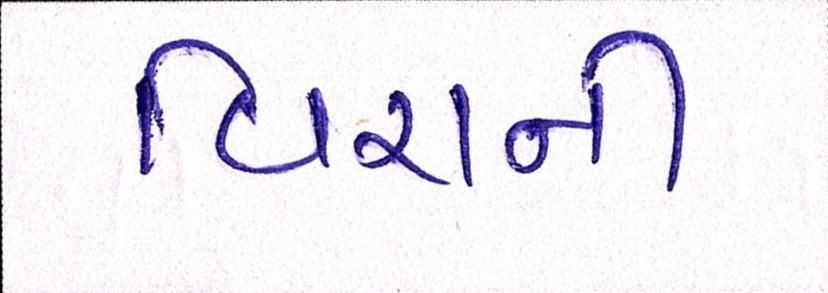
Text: વિરાની